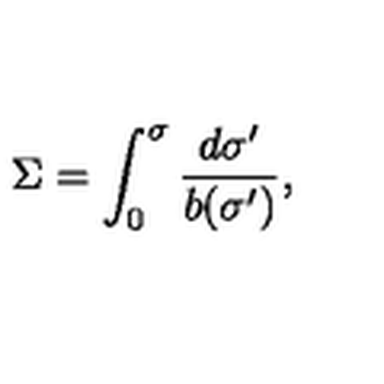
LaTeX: \Sigma = \int _ { 0 } ^ { \sigma } \frac { d \sigma ^ { \prime } } { b ( \sigma ^ { \prime } ) } ,